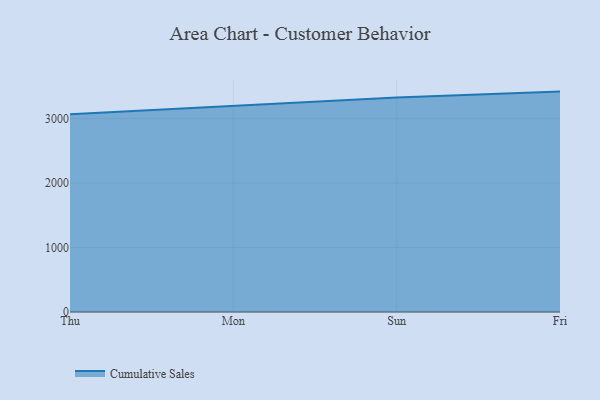
{"axis": {"x": "Day", "y": "Satisfaction Score"}, "legend": ["Cumulative Sales"], "data": [{"x": "Thu", "y": 3068.1, "type": "Cumulative Sales"}, {"x": "Mon", "y": 3196.5, "type": "Cumulative Sales"}, {"x": "Sun", "y": 3327.9, "type": "Cumulative Sales"}, {"x": "Fri", "y": 3418.7, "type": "Cumulative Sales"}]}